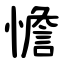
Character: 憺